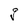
Character: g